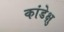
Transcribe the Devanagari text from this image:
कांडेक्षु